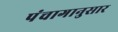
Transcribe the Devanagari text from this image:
पंंचागानुसार